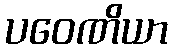
ပဝေဏိယာ